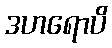
ဒဟရောပိ